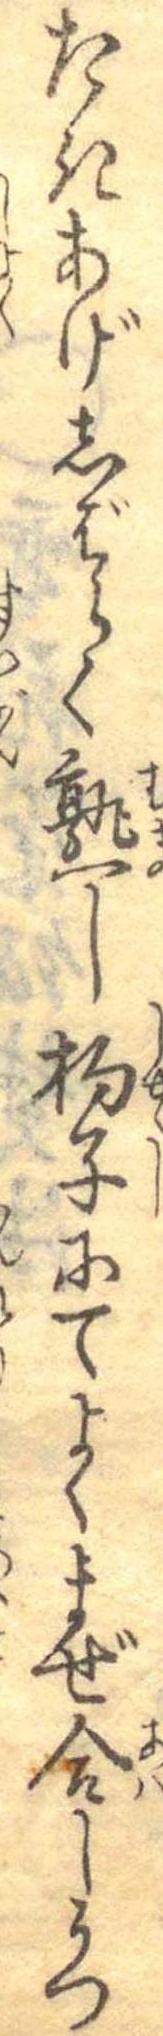
たきあげしばらく熟し杓子にてよくまぜ合しうつ